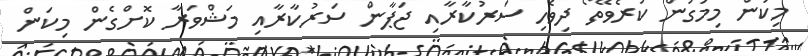
މިކަން މިމަގުން ކުރެވޭތޯ ދިވެހި ސަރުކާރާއި ޖަޕާން ސަރުކާރާއި މަޝްވަރާ ކޮށްގެން މިކަން